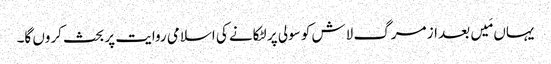
یہاں مَیں بعد از مرگ لاش کو سولی پر لٹکانے کی اسلامی روایت پر بحث کروں گا۔